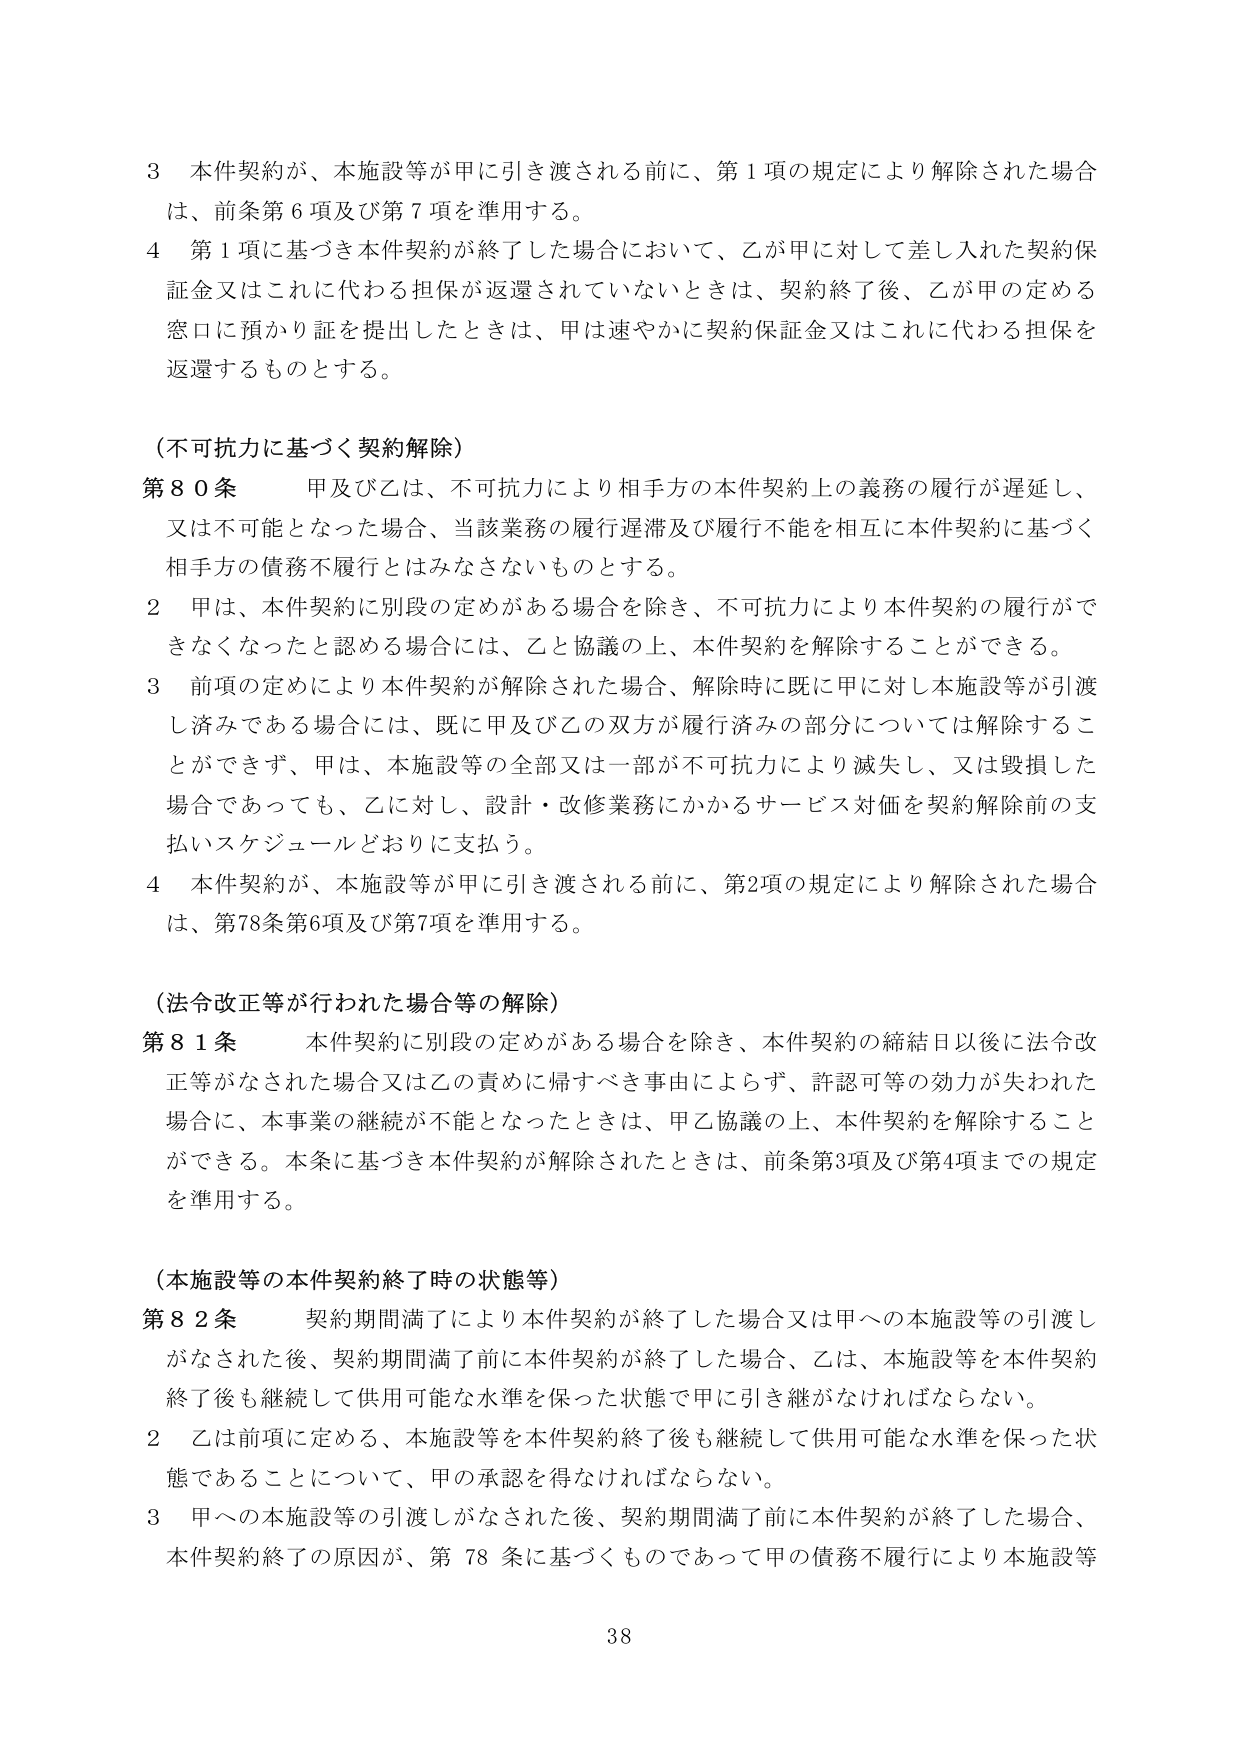
3 本件契約が、本施設等が甲に引き渡される前に、第1項の規定により解除された場合は、前条第6項及び第7項を準用する。

4 第1項に基づき本件契約が終了した場合において、乙が甲に対して差し入れた契約保証金又はこれに代わる担保が返還されていないときは、契約終了後、乙が甲の定める窓口に預かり証を提出したときは、甲は速やかに契約保証金又はこれに代わる担保を返還するものとする。

（不可抗力に基づく契約解除）

第80条 甲及び乙は、不可抗力により相手方の本件契約上の義務の履行が遅延し、又は不可能となった場合、当該業務の履行遅滞及び履行不能を相互に本件契約に基づく相手方の債務不履行とはみなさないものとする。

2 甲は、本件契約に別段の定めがある場合を除き、不可抗力により本件契約の履行ができなくなったと認める場合には、乙と協議の上、本件契約を解除することができる。

3 前項の定めにより本件契約が解除された場合、解除時に既に甲に対し本施設等が引渡し済みである場合には、既に甲及び乙の双方が履行済みの部分については解除することができず、甲は、本施設等の全部又は一部が不可抗力により滅失し、又は毀損した場合であっても、乙に対し、設計・改修業務にかかるサービス対価を契約解除前の支払いスケジュールどおりに支払う。

4 本件契約が、本施設等が甲に引き渡される前に、第2項の規定により解除された場合は、第78条第6項及び第7項を準用する。

（法令改正等が行われた場合等の解除）

第81条 本件契約に別段の定めがある場合を除き、本件契約の締結日以後に法令改正等がなされた場合又は乙の責めに帰すべき事由によらず、許認可等の効力が失われた場合に、本事業の継続が不能となったときは、甲乙協議の上、本件契約を解除することができる。本条に基づき本件契約が解除されたときは、前条第3項及び第4項までの規定を準用する。

（本施設等の本件契約終了時の状態等）

第82条 契約期間満了により本件契約が終了した場合又は甲への本施設等の引渡しがなされた後、契約期間満了前に本件契約が終了した場合、乙は、本施設等を本件契約終了後も継続して供用可能な水準を保った状態で甲に引き継がなければならない。

2 乙は前項に定める、本施設等を本件契約終了後も継続して供用可能な水準を保った状態であることについて、甲の承認を得なければならない。

3 甲への本施設等の引渡しがなされた後、契約期間満了前に本件契約が終了した場合、本件契約終了の原因が、第78条に基づくものであって甲の債務不履行により本施設等

38